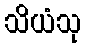
သိယံသု